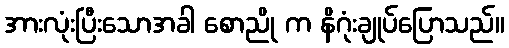
အားလုံးပြီးသောအခါ စောညို က နိဂုံးချုပ်ပြောသည်။